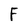
Character: F